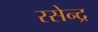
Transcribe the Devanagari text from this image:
रसेन्द्र